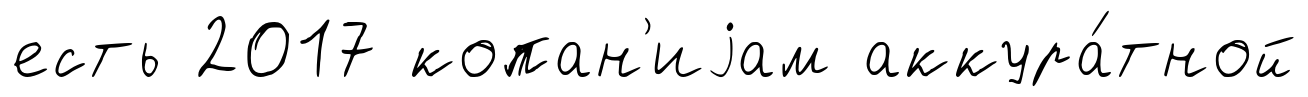
есть 2017 копан'иjам аккура́тной